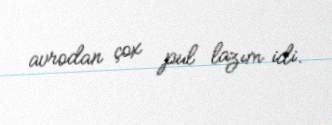
avrodan çox pul lazım idi.